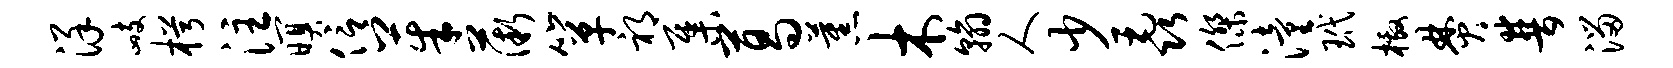
详峙枵注暝信茱薇箪祁集葛蕉木翰人少毳杰潼玳檄焚普溜